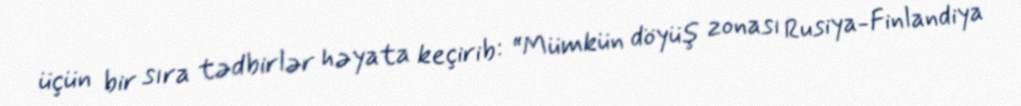
üçün bir sıra tədbirlər həyata keçirib: “Mümkün döyüş zonası Rusiya-Finlandiya